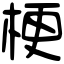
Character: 梗